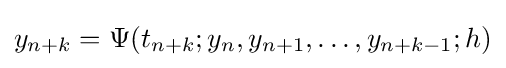
y_{n+k}=\Psi (t_{n+k};y_{n},y_{n+1},\dots ,y_{n+k-1};h)